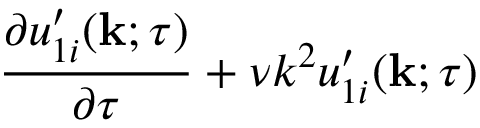
\begin{array} { r l r } { \lefteqn { \frac { \partial u _ { 1 i } ^ { \prime } ( { \bf { k } } ; \tau ) } { \partial \tau } + \nu k ^ { 2 } u _ { 1 i } ^ { \prime } ( { \bf { k } } ; \tau ) } } \end{array}